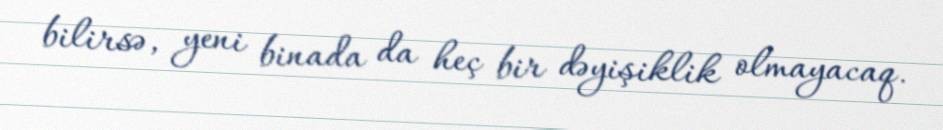
bilirsə, yeni binada da heç bir dəyişiklik olmayacaq.